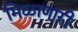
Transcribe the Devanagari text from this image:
मिळाणारी